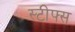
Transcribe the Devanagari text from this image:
स्टीफ्स